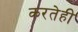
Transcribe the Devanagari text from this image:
करतेही